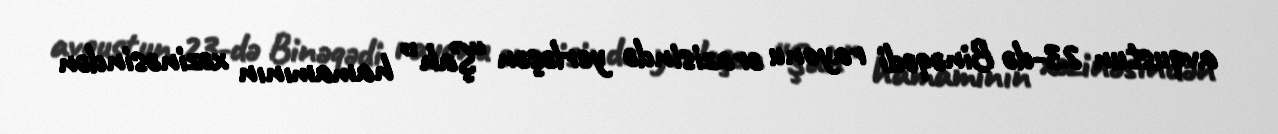
avqustun 23-də Binəqədi rayonu ərazisində yerləşən “Şah” hamamının xəzinəsindən